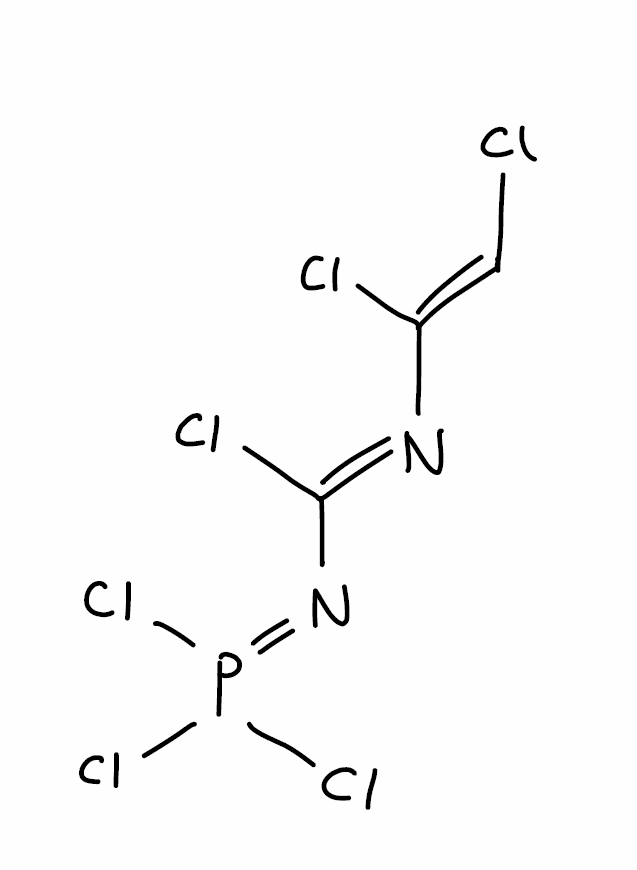
Simplified molecular-input line-entry system (SMILES) notation of the given molecule:
C(=C(/N=C(/N=P(Cl)(Cl)Cl)\Cl)\Cl)\Cl